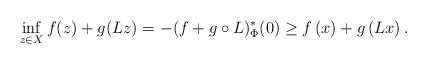
\begin{align*}\inf_{z\in X} f(z)+ g(Lz) = -(f+g\circ L)^*_\Phi (0) \geq f\left(x\right) + g\left(Lx\right).\end{align*}